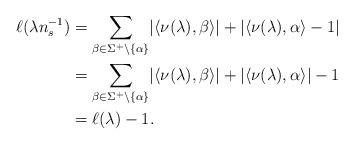
LaTeX: \begin{align*}\ell(\lambda n_s^{-1}) & = \sum_{\beta\in\Sigma^+\setminus\{\alpha\}}\lvert\langle\nu(\lambda),\beta\rangle\rvert + \lvert\langle\nu(\lambda),\alpha\rangle - 1\rvert\\& = \sum_{\beta\in\Sigma^+\setminus\{\alpha\}}\lvert\langle\nu(\lambda),\beta\rangle\rvert + \lvert\langle\nu(\lambda),\alpha\rangle\rvert - 1\\& = \ell(\lambda) - 1.\end{align*}